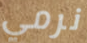
نرمي